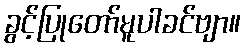
ခွင့်ပြုတော်မူပါခင်ဗျာ။